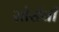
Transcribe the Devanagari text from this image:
सोर्सची